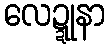
လေဍ္ဍုနာ